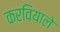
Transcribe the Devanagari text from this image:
करवियाले